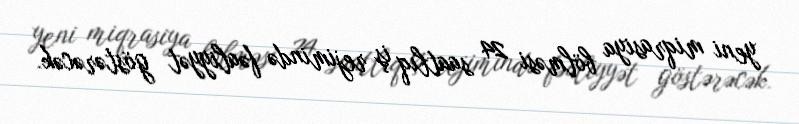
yeni miqrasiya bölməsi 24 saatlıq iş rejimində fəaliyyət göstərəcək.